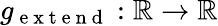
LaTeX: g_{\mathrm{~e~x~t~e~n~d~}}:\mathbb{R}\to\mathbb{R}